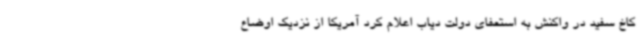
کاخ سفید در واکنش به استعفای دولت دیاب اعلام کرد آمریکا از نزدیک اوضاع